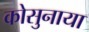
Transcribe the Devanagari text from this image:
कोसुनाया